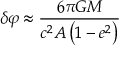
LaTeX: \delta \varphi \approx { \frac { 6 \pi G M } { c ^ { 2 } A \left( 1 - e ^ { 2 } \right) } }